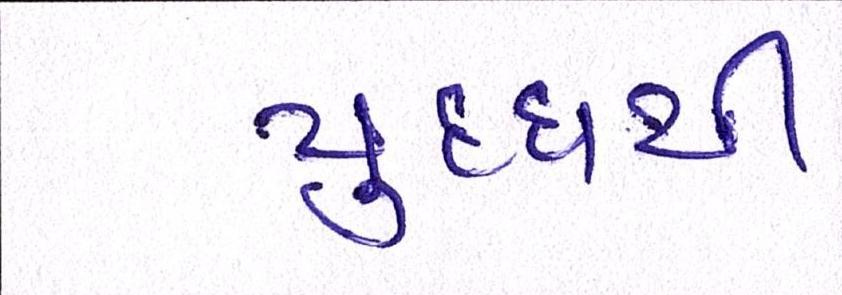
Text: યુદ્ધથી